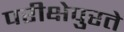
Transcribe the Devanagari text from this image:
परीक्षेपुरते